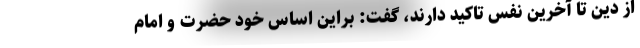
از دین تا آخرین نفس تاکید دارند، گفت: براین اساس خود حضرت و امام